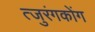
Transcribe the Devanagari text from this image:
त्जुरंगकोंग